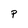
Character: p